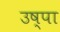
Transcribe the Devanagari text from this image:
उष्पा